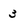
Character: 3